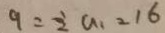
9 = \frac { 1 } { 2 } a _ { 1 } 2 1 6